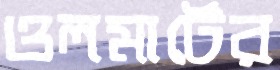
ওলমার্টের